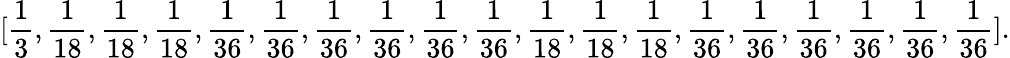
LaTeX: [\frac{1}{3},\frac{1}{18},\frac{1}{18},\frac{1}{18},\frac{1}{36},\frac{1}{36},\frac{1}{36},\frac{1}{36},\frac{1}{36},\frac{1}{36},\frac{1}{18},\frac{1}{18},\frac{1}{18},\frac{1}{36},\frac{1}{36},\frac{1}{36},\frac{1}{36},\frac{1}{36},\frac{1}{36}].